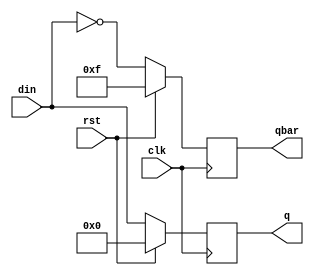
`timescale 1ns / 1ps

module pipo_bh(
    output reg [3:0] q,
    output reg [3:0] qbar,
    input [3:0] din,
    input clk,rst
    );
    
    always @(posedge clk)
    begin
        if(rst==1) begin
            q=4'b0000;
            qbar=~q; end
        else begin
            q= din;
            qbar = ~q;
        end
    end
    
endmodule